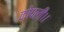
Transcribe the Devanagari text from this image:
कोपली।।